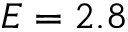
E = 2 . 8